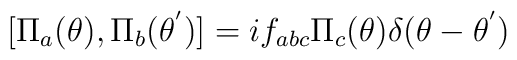
[{\Pi}_a({\theta}),{\Pi}_b({\theta}^{'})]=i f_{abc}{\Pi}_c({\theta}) {\delta}(\theta -{\theta}^{'})